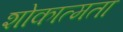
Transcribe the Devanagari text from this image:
शोकात्मता